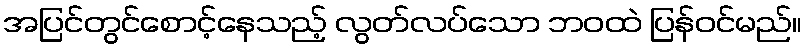
အပြင်တွင်စောင့်နေသည့် လွတ်လပ်သော ဘဝထဲ ပြန်ဝင်မည်။